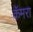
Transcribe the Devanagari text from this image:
कॅमरा